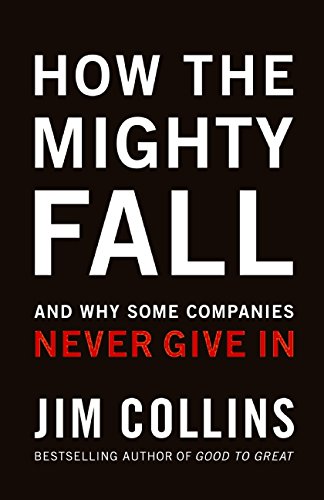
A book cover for How The Mighty Fall: And Why Some Companies Never Give In; Jim Collins; Business & Money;